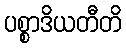
ပစ္စာဒိယတီတိ